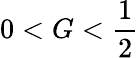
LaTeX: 0<G<\frac{1}{2}